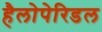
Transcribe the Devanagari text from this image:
हैलोपेरिडल